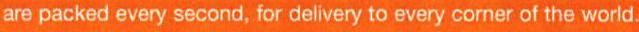
are packed every second, for delivery to every corner of the world.